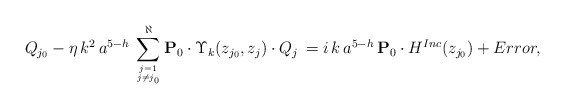
\begin{align*}Q_{j_0} - \eta \, k^2 \, a^{5-h} \, \sum_{j=1 \atop j \neq j_{0}}^\aleph {\bf{P}}_0 \cdot \Upsilon_k(z_{j_0}, z_j) \cdot Q_j \, = i \, k \, a^{5-h} \, {\bf{P}}_0 \cdot H^{Inc}(z_{j_0})+ Error,\end{align*}